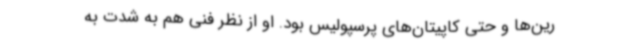
رین‌ها و حتی کاپیتان‌های پرسپولیس بود. او از نظر فنی هم به شدت به